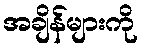
အချိန်များကို